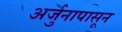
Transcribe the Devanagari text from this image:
अर्जुनापासून